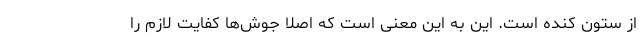
از ستون کنده است. این به این معنی است که اصلا جوش‌ها کفایت لازم را